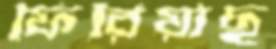
ফিরিয়াছ